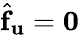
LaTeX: \widehat{\mathbf{f}}_{\mathbf{u}}=\mathbf{0}